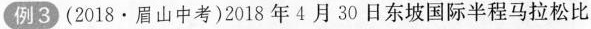
例3(2018.眉山中考)2018年4月30日东坡国际半程马拉松比